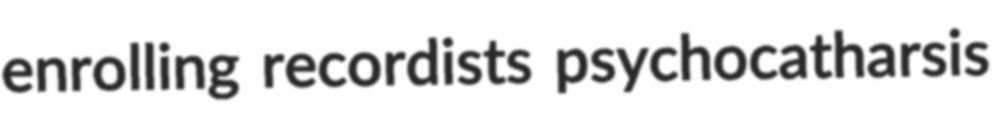
enrolling recordists psychocatharsis